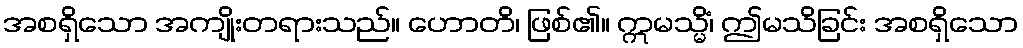
အစရှိသော အကျိုးတရားသည်။ ဟောတိ၊ ဖြစ်၏။ ဣမသ္မိံ၊ ဤမသိခြင်း အစရှိသော